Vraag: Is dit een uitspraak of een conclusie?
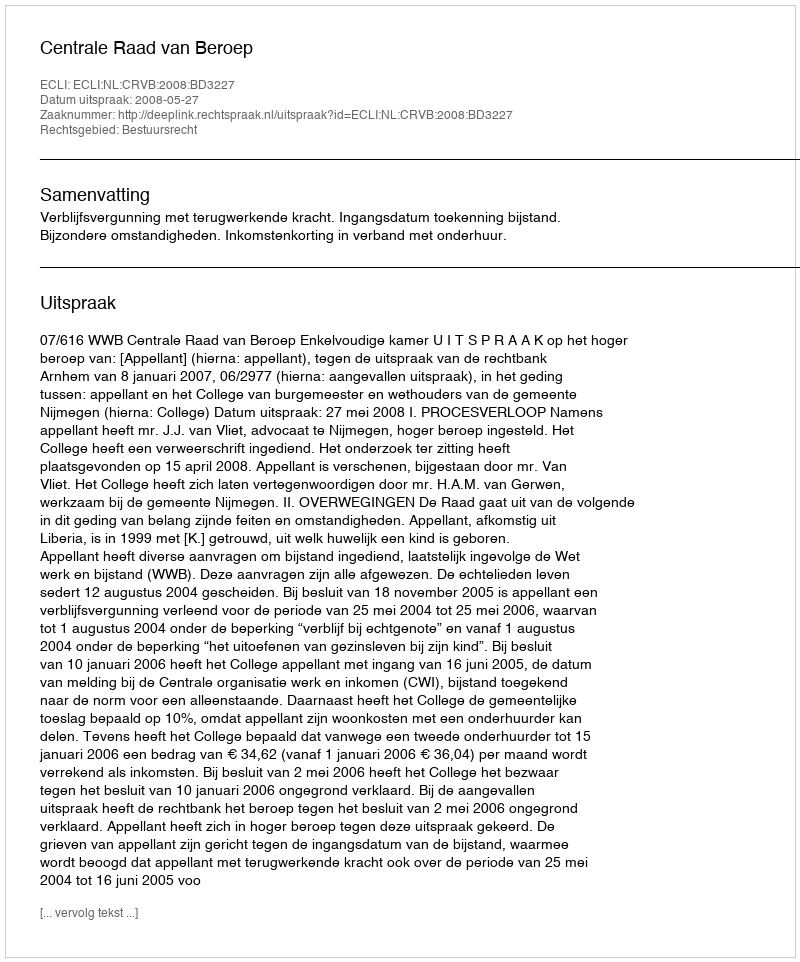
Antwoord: Uitspraak